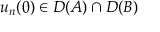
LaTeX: u _ { n } ( 0 ) \in D ( A ) \cap D ( B )